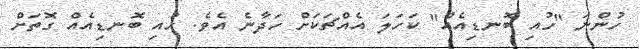
ހުންނަ "ހުއި ބޮނޑިއެއް" ކަހަލަ އެއްޗަކަށް ހަދާނެ އެވެ. ހުއި ބޮނޑިއެއް ގޮތަށް